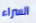
السراء